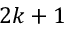
2 k + 1